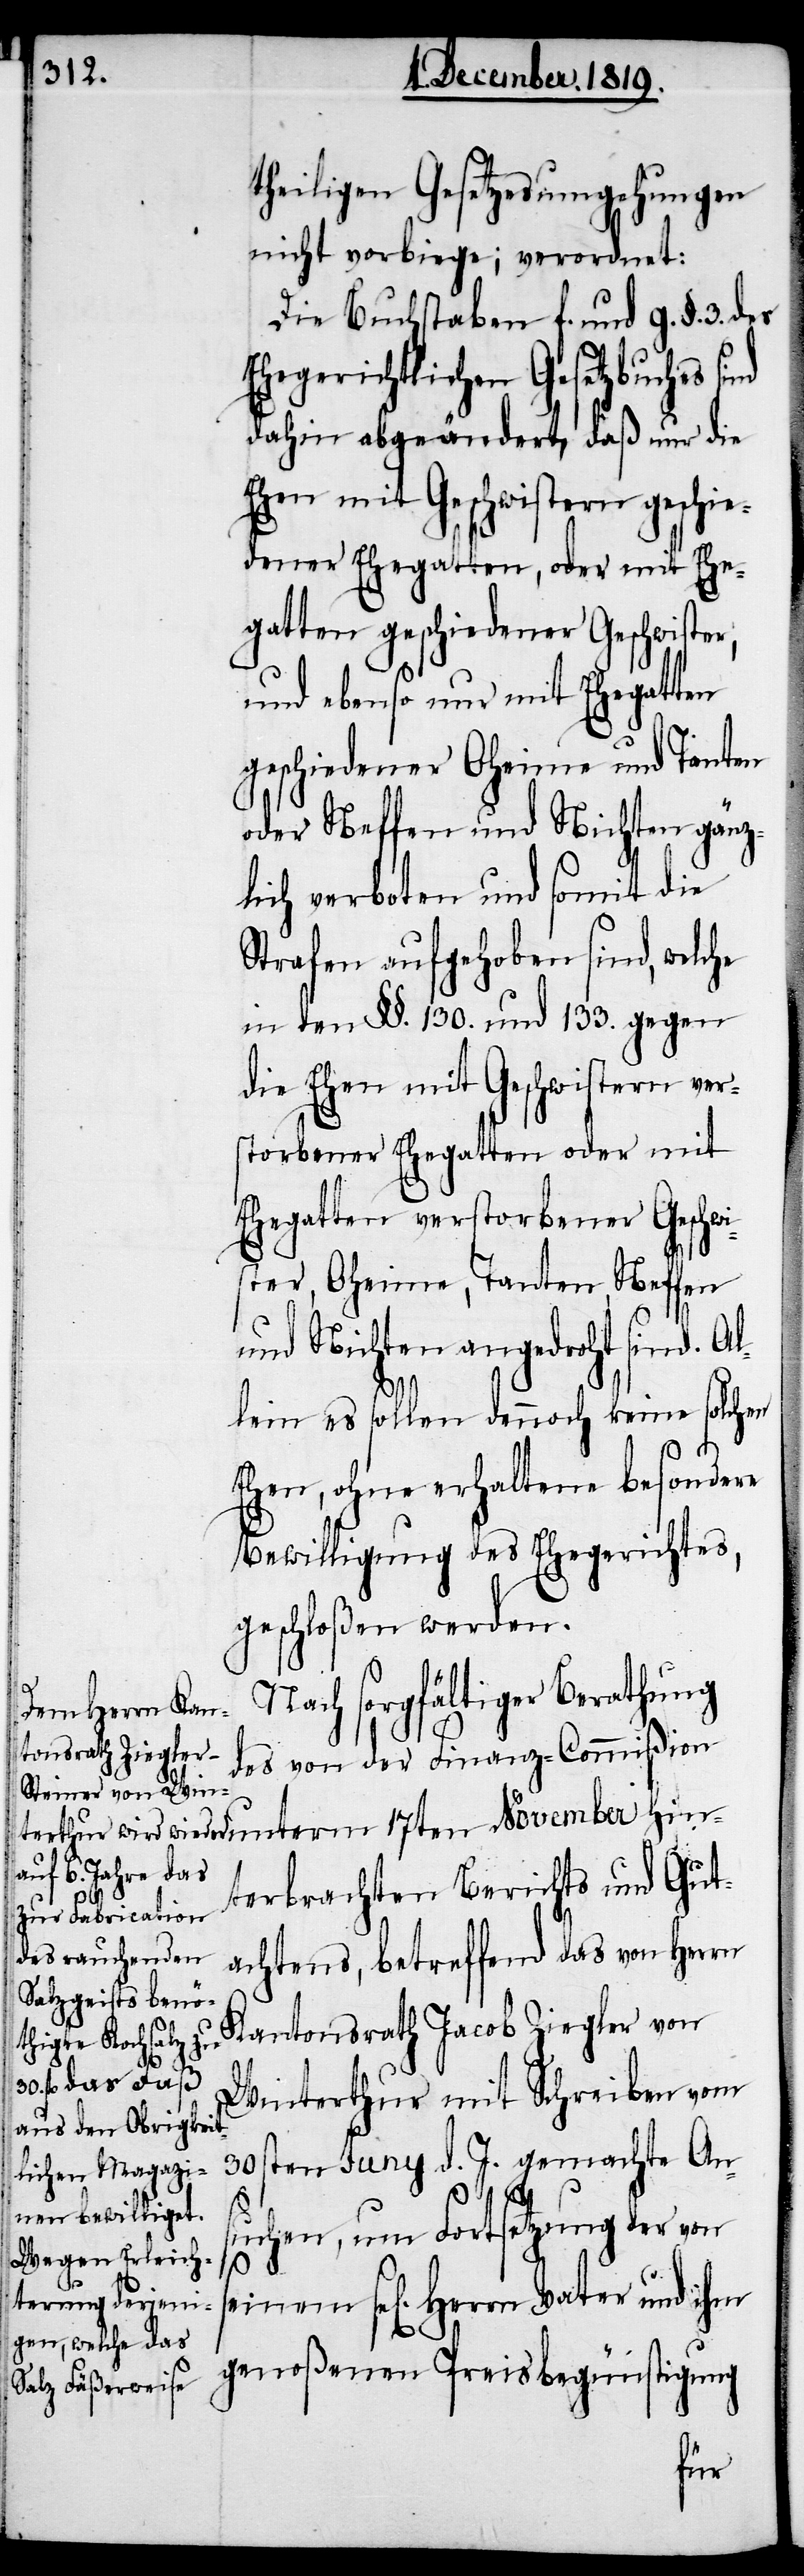
theiligen Gesetzesumgehungen
nicht vorbiege; verordnet:
Die Buchstaben f. und g. §. 3. des
Ehegerichtlichen Gesetzbuches
dahin abgeändert, daß nur die
Ehen mit Geschwistern geschie¬
dener Ehegatten, oder mit Ehe¬
gatten geschiedener Geschwister,
und ebenso nur mit Ehegatten
geschiedener Oheime und Tanten
oder Neffen und Nichten gänz¬
lich verboten und somit die
Strafen aufgehoben sind, welche
in den §§. 130. und 133. gegen
die Ehen mit Geschwistern ver¬
storbener Ehegatten oder mit
Ehegatten verstorbener Geschwi¬
ster, Oheime, Tanten, Neffen
und Nichten angedroht sind. Al¬
lein es sollen dennoch keine solchen
Ehen, ohne erhaltene besondere
Bewilligung des Ehegerichtes,
geschloßen werden.
Nach sorgfältiger Berathung
des von der Finanz-Commißion
unterm 17ten November hin¬
terbrachten Berichts und Gut¬
achtens, betreffend das von Herrn
Kantonsrath Jacob Ziegler von
Winterthur mit Schreiben vom
30sten Juny d. J. gemachte An¬
suchen, um Fortsetzung der von
sel[igen] Herrn Vater und ihm
genoßenen Preisbegünstigung